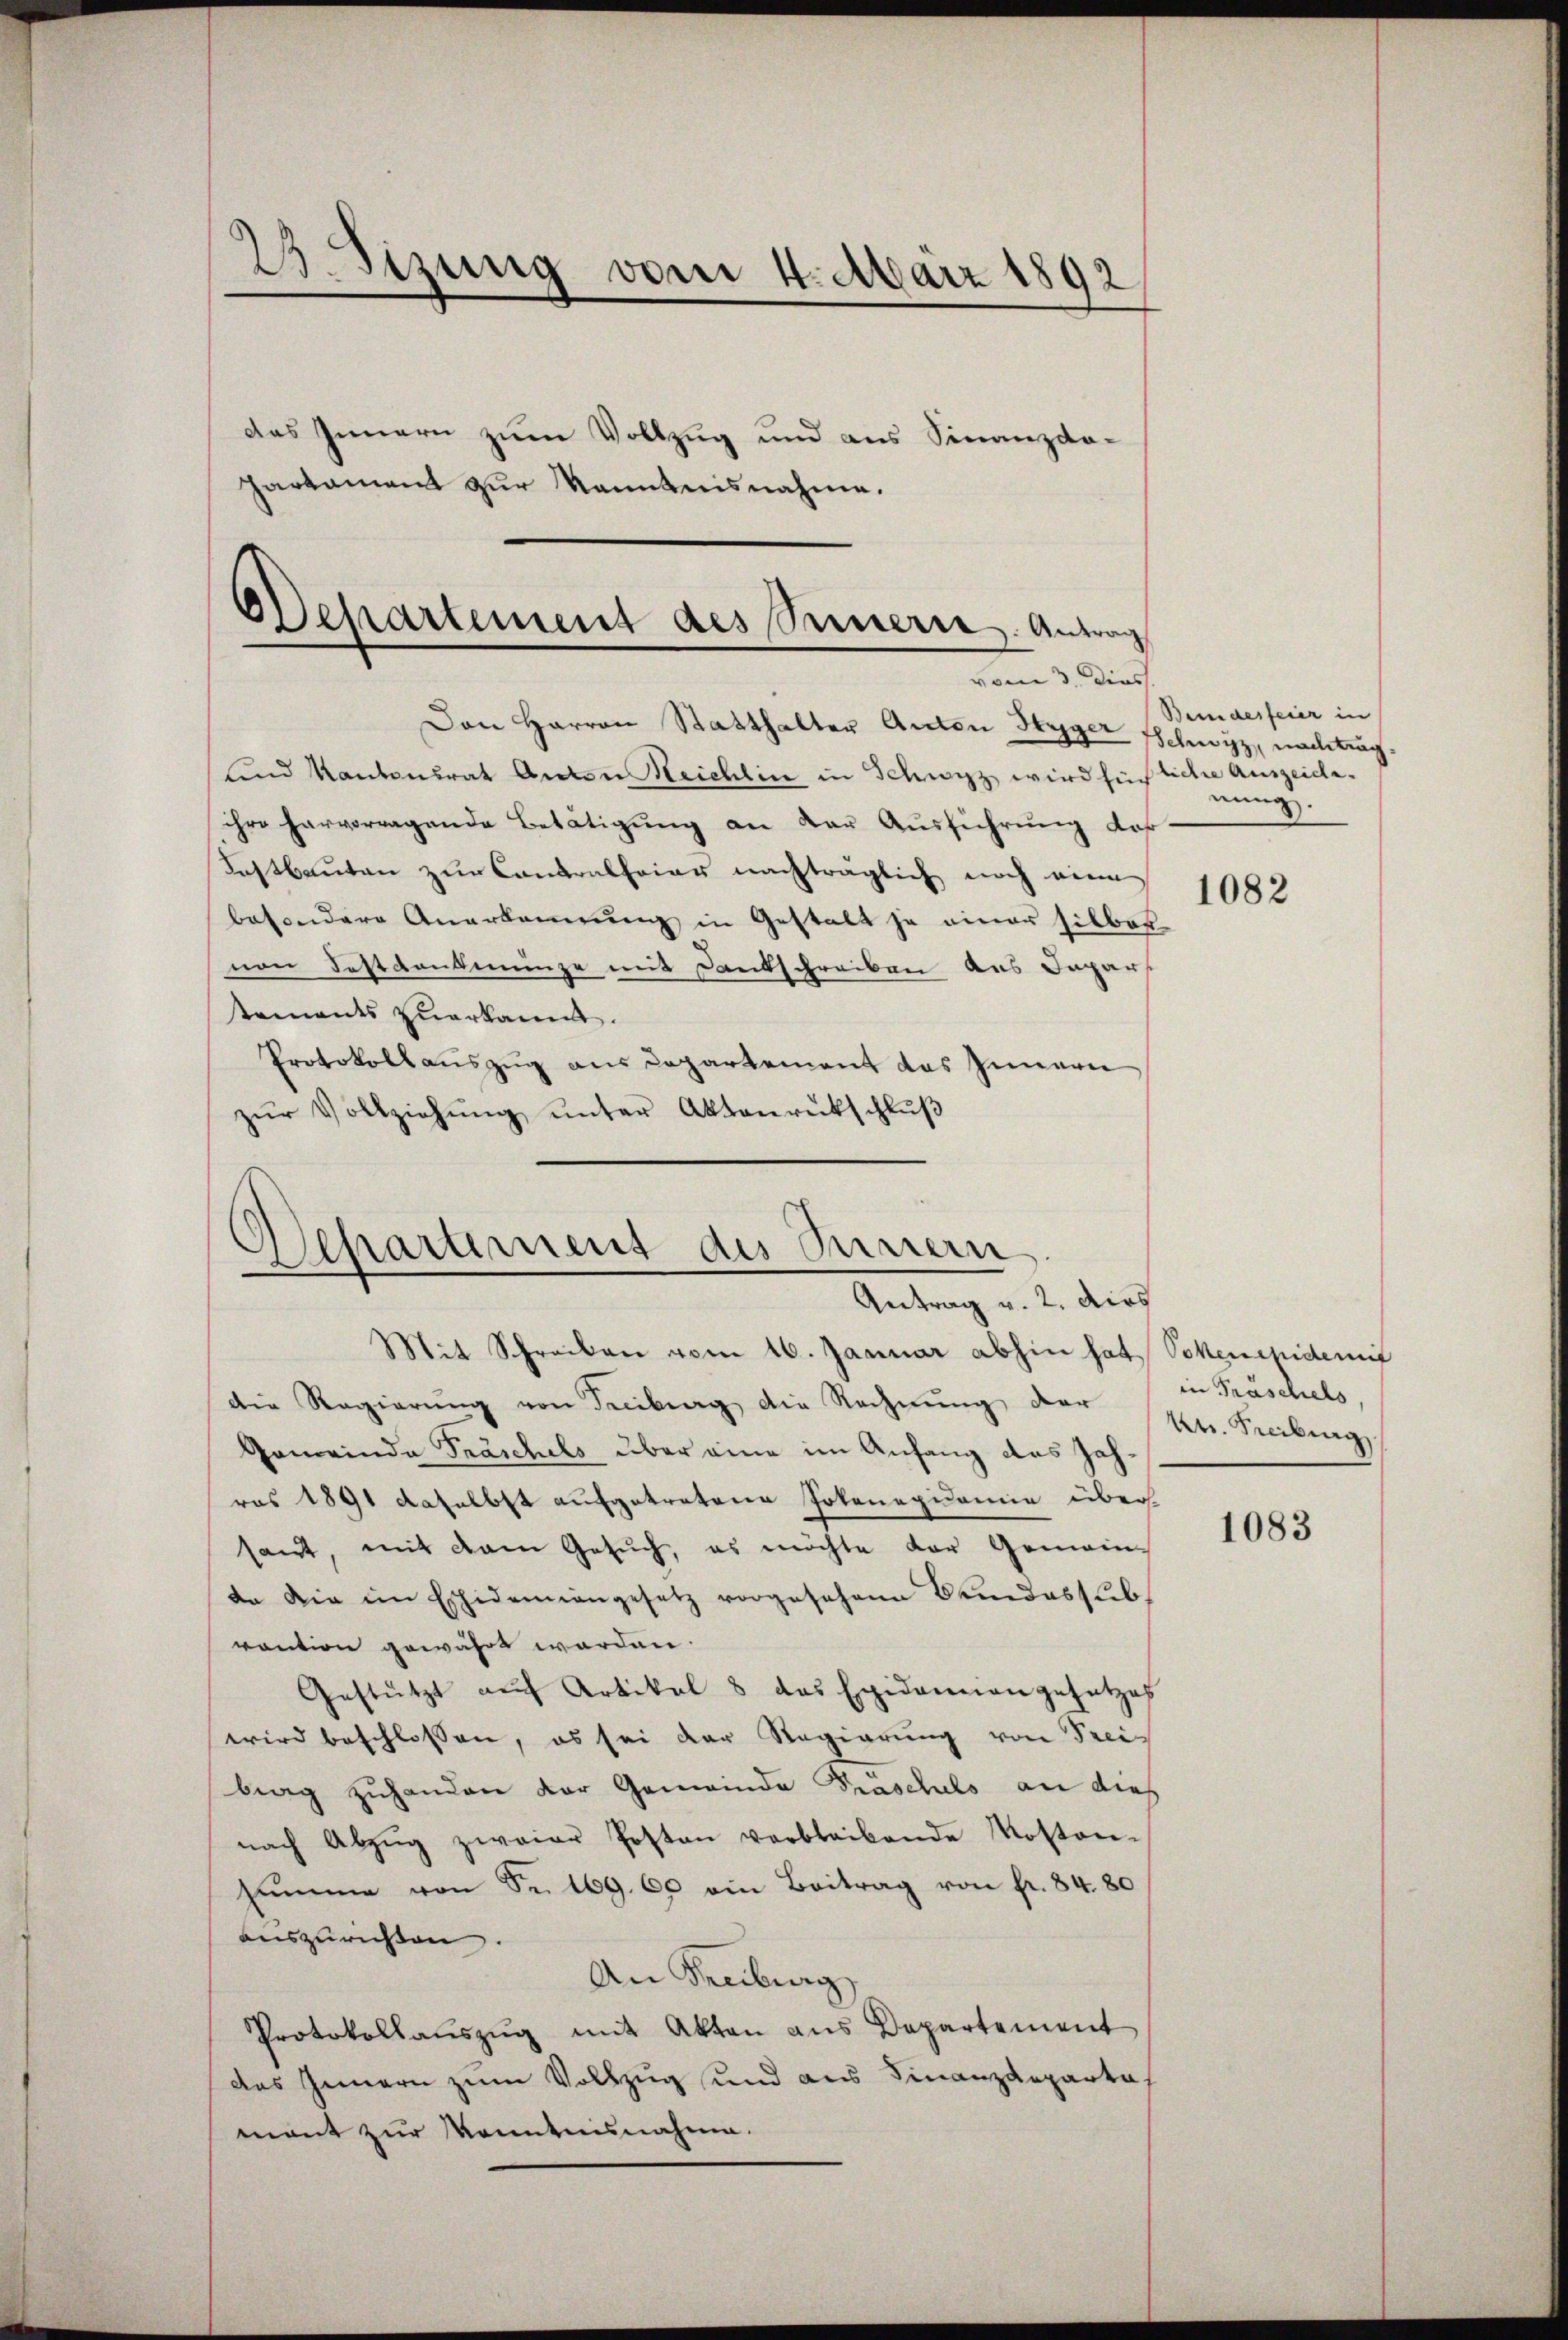
23. Sizung vom 4. März 1892
das Innern zum Vollzug und aus Finanzdopartament zur Kenntnisnahme.

Departement des Seinern. Antrag
vom 3. dies

Departement des Surrern
Antrag v. 2. dies

Den Harron Statthalter Anton Hyger Schwyz, nachtrag
und Kantonsrat Anton Reichlin in Schwyz wird sich liche Auszeide.
ihre hervorragende Betätigung an der Ausführung daß
Festbauten zur Contralfrier nachträglich noch einn
besondere Anerkennung in Gestalt ja einer silber
nen Festdenkmünze mit Dankschreiben aus Inpar
tements zuerkannt.
Protokollauszug aus Departement das Inneren
zŭr Vollziehŭng ŭnter Aktenrückschlŭβ

Mit Schreiben vom 16. Januar abhin hat, Schenepidemi
die Regierŭng von Freiburg die Rechnŭng der K. Freiburg
Gemeinde Praschels über eine im Anfang des Jahras 1891 daselbst aufgetretene Jokenepidemie über-
sant, mit dem Gesŭch, es möchte der Gemein-
da die im Eschidemiangesetz vorgesehene Bundes sub-
vaution gewährt worden.
Gestützt auf Artikel 8 das Epidemangesetzes
wird beschlossen, es sei der Regierung von Freiberg zuhanden der Gemeinde Praschuls an dies
nach Abzŭg zweier Posten verbleibende Kosten-
summe von Sr. 169. 60 ein Beitrag von fr. 84. 80
auszurichten. |
An Freiburg
Protokollaŭszŭg mit Akten aus Departement
das Innern zum Vollzug und aus Finanzdepartal
mant zur Kenntnisnahme.

Bemidesfeier in
nung.

1082

in Präschels

1083